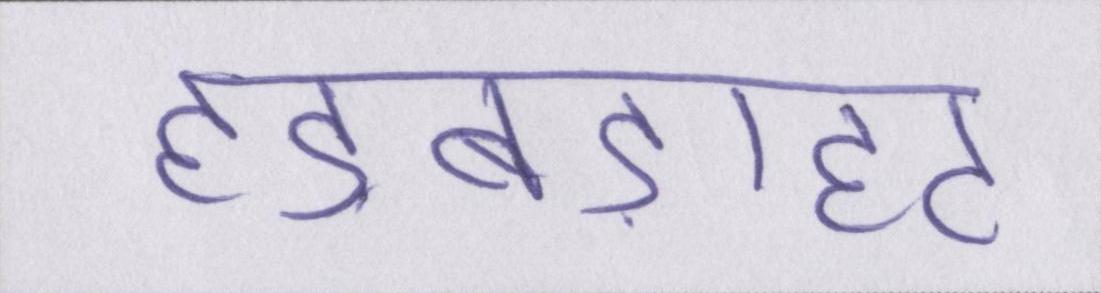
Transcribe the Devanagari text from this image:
हड़बड़ाहट